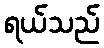
ရယ်သည်